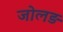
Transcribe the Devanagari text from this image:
जोलड़